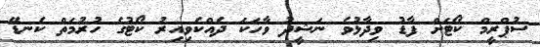
ސުޕްރީމް ކޯޓަށް ފާޑު ވިދާޅުވެ ނަޝީދު ވާހަކަ ދެއްކެވިއިރު ކޯޓުގެ ހުރުމަތް ކެނޑޭ